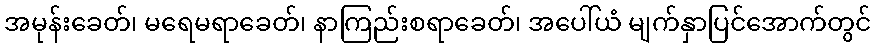
အမုန်းခေတ်၊ မရေမရာခေတ်၊ နာကြည်းစရာခေတ်၊ အပေါ်ယံ မျက်နှာပြင်အောက်တွင်